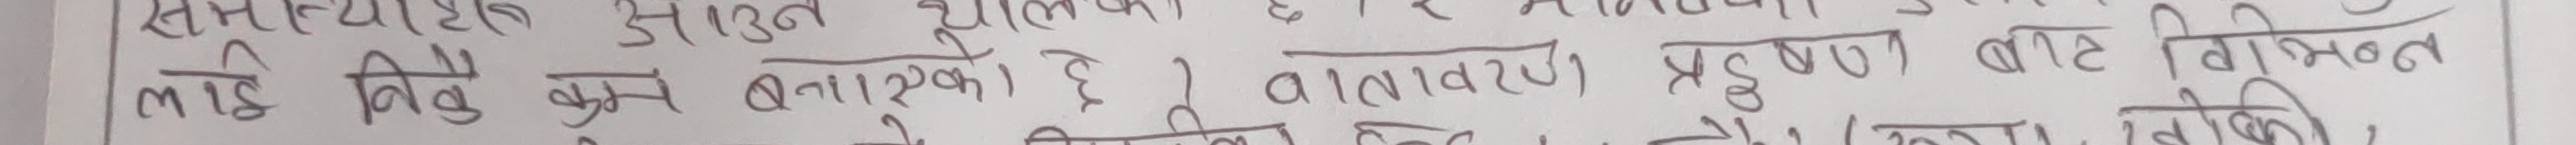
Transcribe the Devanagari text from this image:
समस्या अनुचित ढंग से करने मानवीय क्रियाकलाप
लाई निम्नलिखिन प्रकारो से। वातावरण प्रदूषण बाट विभिन्न तरीके